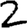
Digit: 2